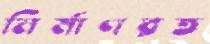
নির্মাণরত